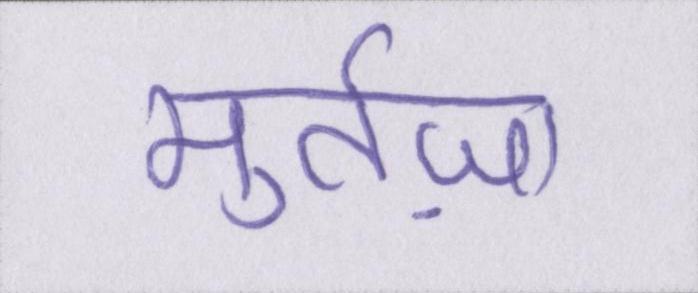
मुर्तज़ा